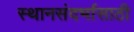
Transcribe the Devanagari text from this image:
स्थानसंदर्भासाठी